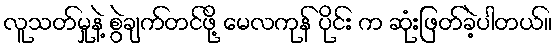
လူသတ်မှုနဲ့ စွဲချက်တင်ဖို့ မေလကုန် ပိုင်း က ဆုံးဖြတ်ခဲ့ပါတယ်။